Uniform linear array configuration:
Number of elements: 12
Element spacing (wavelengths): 0.5
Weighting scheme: exponential
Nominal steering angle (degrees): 0
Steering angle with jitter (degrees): -0.7073
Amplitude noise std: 0.05
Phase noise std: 0.05

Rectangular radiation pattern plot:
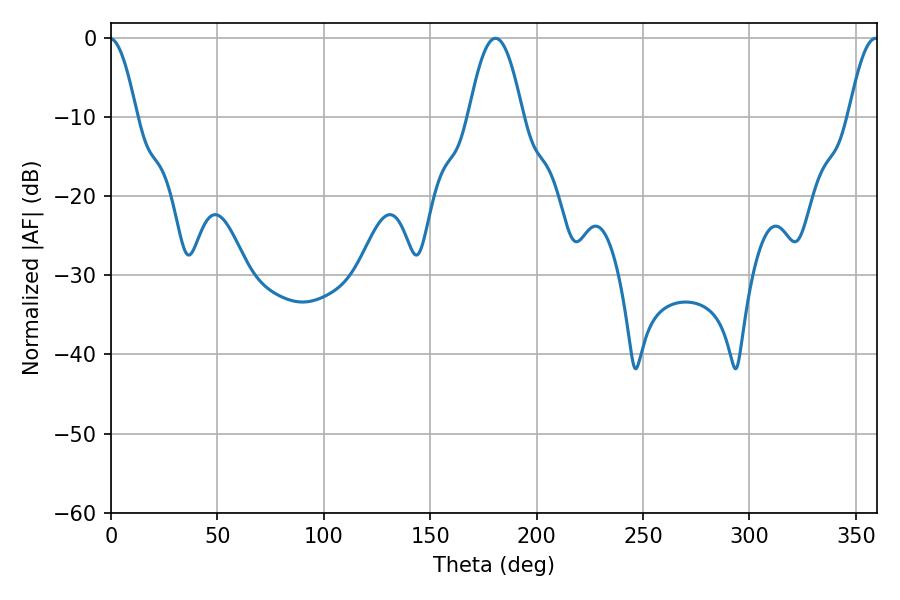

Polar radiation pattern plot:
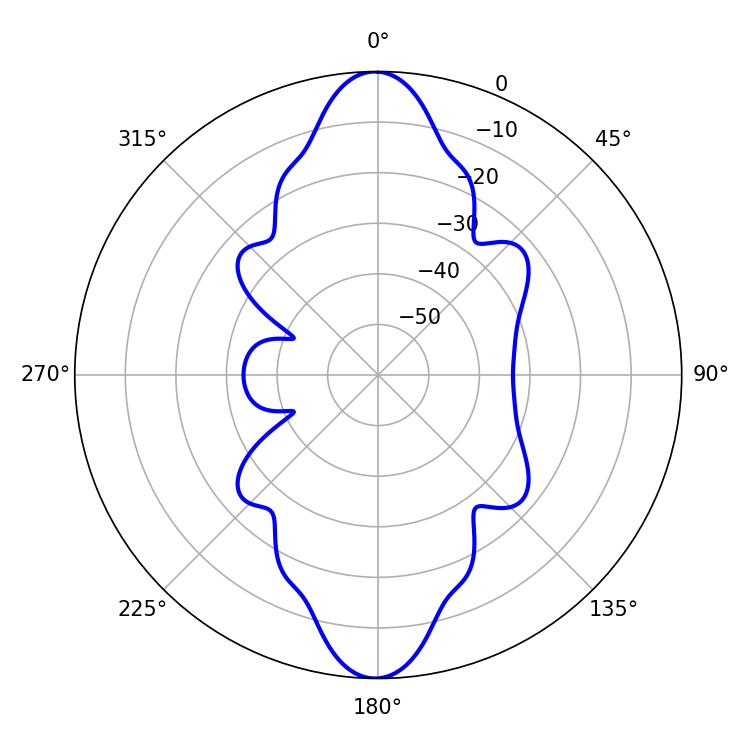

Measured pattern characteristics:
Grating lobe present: FALSE
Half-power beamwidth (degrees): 13.86
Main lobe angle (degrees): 180.72